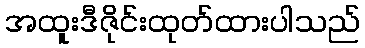
အထူးဒီဇိုင်းထုတ်ထားပါသည်